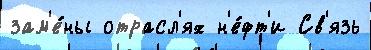
зам'е́ны отрасл'ях н'е́фт'и Св'язь